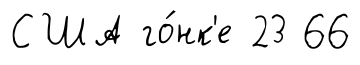
США го́нк'е 23 66